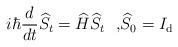
LaTeX: \begin{align*}i\hbar\frac{d}{dt}\widehat{S}_{t}=\widehat{H}\widehat{S}_{t}\text{ \ ,}\widehat{S}_{0}=I_{\mathrm{d}} \end{align*}